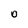
Character: o